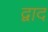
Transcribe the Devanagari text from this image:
द्वाद